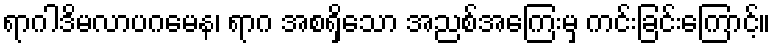
ရာဂါဒိမလာပဂမေန၊ ရာဂ အစရှိသော အညစ်အကြေးမှ ကင်းခြင်းကြောင့်။